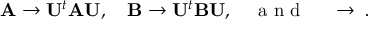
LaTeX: \mathbf { A } \to \mathbf { U } ^ { t } \mathbf { A } \mathbf { U } , \quad \mathbf { B } \to \mathbf { U } ^ { t } \mathbf { B } \mathbf { U } , \quad \textrm { a n d } \quad \mathbf { \Phi } \to \mathbf { \Phi } .